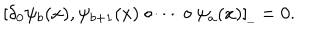
[ \delta _ { 0 } \psi _ { b } ( x ) , \psi _ { b + 1 } ( x ) \circ \dots \circ \psi _ { a } ( x ) ] _ { \_ } = 0 .